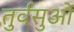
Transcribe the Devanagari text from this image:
तुर्वसुओं